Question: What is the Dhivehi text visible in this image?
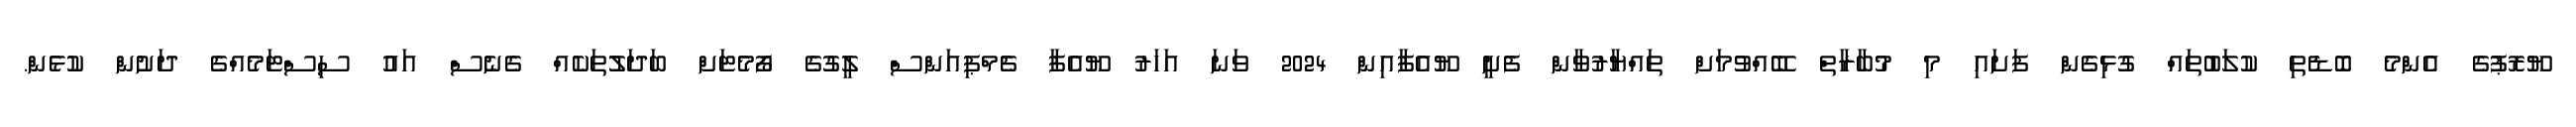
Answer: ޔޫރޮޕުގެ އެންމެ ބޮޑެތި ކުލަބުތައް ގުޅިގެން ފަށައި މި މުބާރާތް ބޭއްވުމަށް ތައްޔާރުވާން ފެށީ ޔޫއެފާއިން 2024 ވަނަ އަހަރު ޔޫއެފާ ޗެމްޕިއަންސް ލީގުގެ ފޯމެޓަށް ބަދަލުތަކެއް ގެނެސް އައު ސިސްޓަމެއްގެ ދަށުން ކުޅެން.